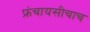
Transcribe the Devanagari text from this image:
फ्रंचायसीचाच